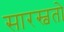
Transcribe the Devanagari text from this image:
सारस्वतो